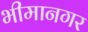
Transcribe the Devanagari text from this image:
भीमानगर